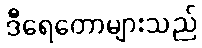
ဒီရေတောများသည်